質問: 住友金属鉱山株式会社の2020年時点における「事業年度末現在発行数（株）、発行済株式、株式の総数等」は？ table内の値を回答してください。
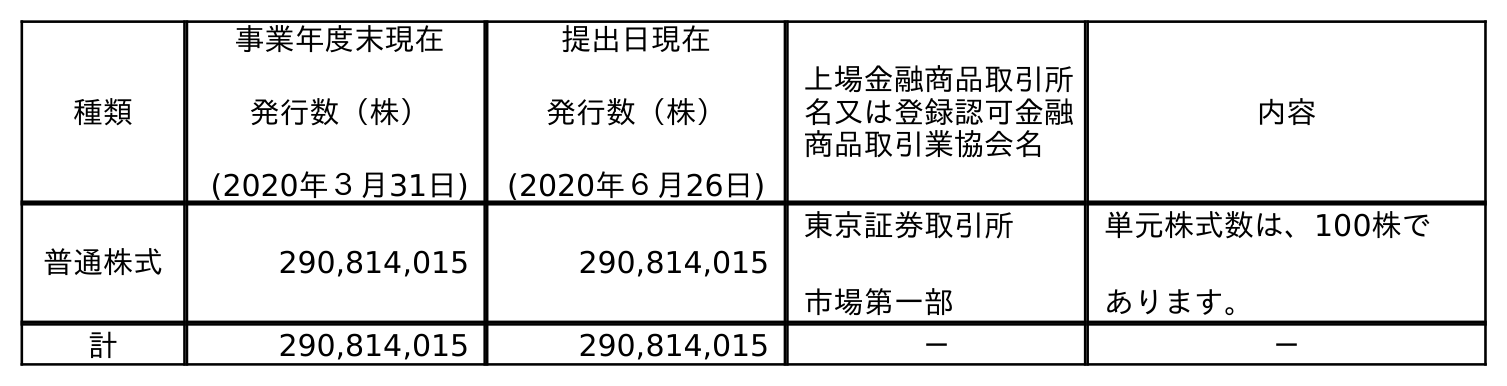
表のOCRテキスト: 種類 事業年度末現在 発行数（株） (2020年３月31日) 提出日現在 発行数（株） (2020年６月26日) 上場金融商品取引所 名又は登録認可金融 商品取引業協会名 内容 普通株式 290,814,015 290,814,015 東京証券取引所 市場第一部 単元株式数は、100株で あります。 計 290,814,015 290,814,015 － －
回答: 290,814,015